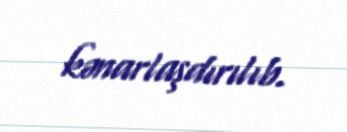
kənarlaşdırılıb.